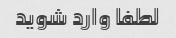
لطفا وارد شوید